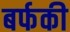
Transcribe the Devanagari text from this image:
बर्फकी